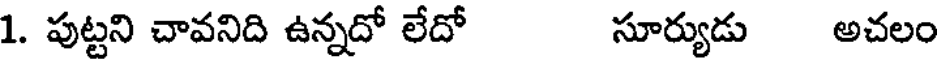
1. పుట్టని చావనిది ఉన్నదో లేదో సూర్యుడు అచలం